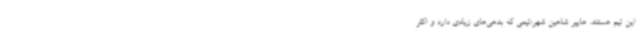
این تیم هستند. هایپر شاهین شهر:تیمی که بدهی‌های زیادی دارد و اکثر